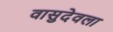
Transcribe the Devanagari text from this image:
वासुदेवला